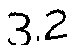
3.2